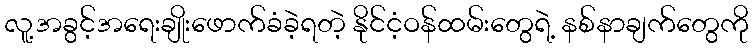
လူ့အခွင့်အရေးချိုးဖောက်ခံခဲ့ရတဲ့ နိုင်ငံ့ဝန်ထမ်းတွေရဲ့ နစ်နာချက်တွေကို